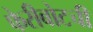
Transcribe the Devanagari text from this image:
फेरीबोटची